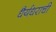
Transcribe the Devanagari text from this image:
धैर्यधराची